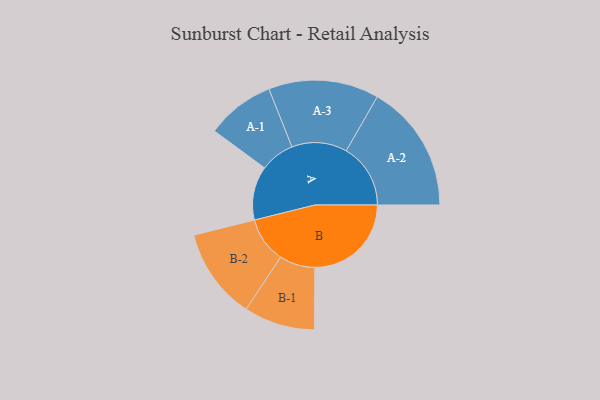
{"axis": {"x": "Segment", "y": "Value"}, "legend": ["", "A", "B"], "data": [{"x": "A", "y": 236, "type": ""}, {"x": "B", "y": 423, "type": ""}, {"x": "A-1", "y": 150, "type": "A"}, {"x": "A-2", "y": 282, "type": "A"}, {"x": "A-3", "y": 242, "type": "A"}, {"x": "B-1", "y": 156, "type": "B"}, {"x": "B-2", "y": 200, "type": "B"}]}